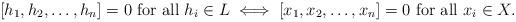
LaTeX: \begin{align*}[h_1, h_2, \dots , h_n] = 0 \mbox{ for all } h_i \in L \iff [x_1, x_2, \dots ,x_n] = 0 \mbox{ for all } x_i \in X.\end{align*}